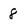
Character: 8